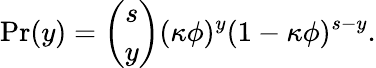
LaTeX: \mathrm{Pr}(y)=\binom{s}{y}(\kappa\phi)^{y}(1-\kappa\phi)^{s-y}.